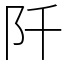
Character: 阡